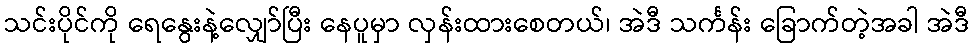
သင်းပိုင်ကို ရေနွေးနဲ့လျှော်ပြီး နေပူမှာ လှန်းထားစေတယ်၊ အဲဒီ သင်္ကန်း ခြောက်တဲ့အခါ အဲဒီ